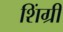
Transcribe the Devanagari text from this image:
शिंग्री